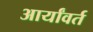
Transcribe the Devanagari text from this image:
आर्यांवर्त